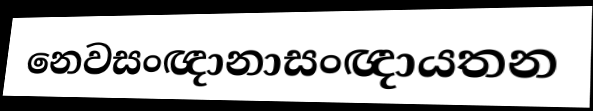
නෙවසංඥානාසංඥායතන